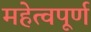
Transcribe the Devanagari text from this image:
महेत्वपूर्ण